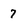
Character: 7